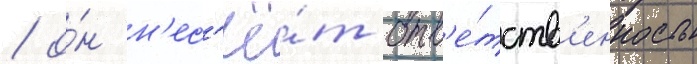
/ о́н н'ес'ё́т отв'е́тств'енность